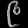
Digit: ၉